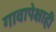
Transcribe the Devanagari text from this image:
गावापेक्षाही